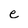
Character: e